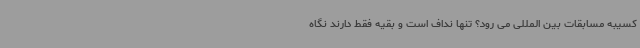
کسیبه مسابقات بین المللی می رود؟ تنها نداف است و بقیه فقط دارند نگاه